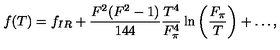
f ( T ) = f _ { I R } + \frac { F ^ { 2 } ( F ^ { 2 } - 1 ) } { 1 4 4 } \frac { T ^ { 4 } } { F _ { \pi } ^ { 4 } } \ln \left( \frac { F _ { \pi } } { T } \right) + \ldots ,